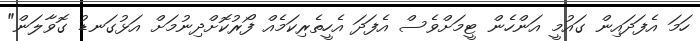
ހަމަ އެފަދައިން ގައުމީ އަންހެން ޓީމަށްވެސް އެފަދަ އެހީތެރިކަމެއް ފޯރުކޮށްދިނުމަށް އަޅުގަނޑު ގޮވާލަން"